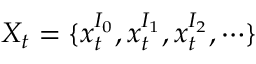
X _ { t } = \{ x _ { t } ^ { I _ { 0 } } , x _ { t } ^ { I _ { 1 } } , x _ { t } ^ { I _ { 2 } } , \cdots \}